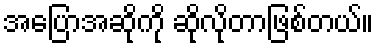
အပြောအဆိုကို ဆိုလိုတာဖြစ်တယ်။